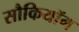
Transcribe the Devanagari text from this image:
सौकियॉग